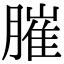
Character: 膗